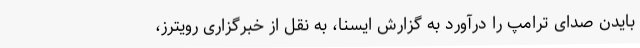
بایدن صدای ترامپ را درآورد به گزارش ایسنا، به نقل از خبرگزاری رویترز،